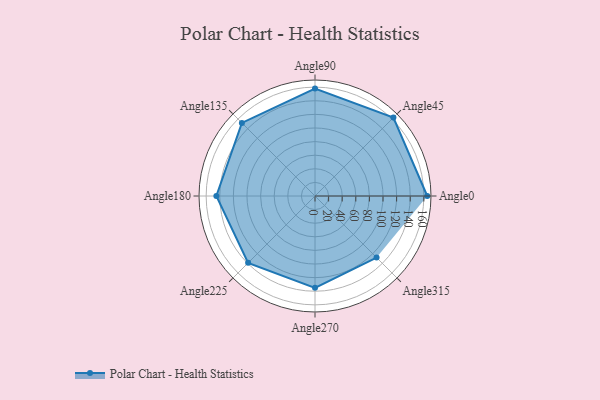
{"axis": {"x": "Angle", "y": "Radius"}, "legend": [""], "data": [{"x": "Angle0", "y": 165.0, "type": ""}, {"x": "Angle45", "y": 163.0, "type": ""}, {"x": "Angle90", "y": 158.0, "type": ""}, {"x": "Angle135", "y": 152.0, "type": ""}, {"x": "Angle180", "y": 145.0, "type": ""}, {"x": "Angle225", "y": 139.0, "type": ""}, {"x": "Angle270", "y": 135.0, "type": ""}, {"x": "Angle315", "y": 128.0, "type": ""}]}